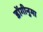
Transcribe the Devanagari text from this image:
डोंगीनुमा